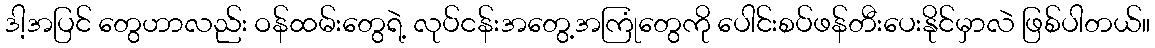
ဒါ့အပြင် တွေဟာလည်း ဝန်ထမ်းတွေရဲ့ လုပ်ငန်းအတွေ့အကြုံတွေကို ပေါင်းစပ်ဖန်တီးပေးနိုင်မှာလဲ ဖြစ်ပါတယ်။